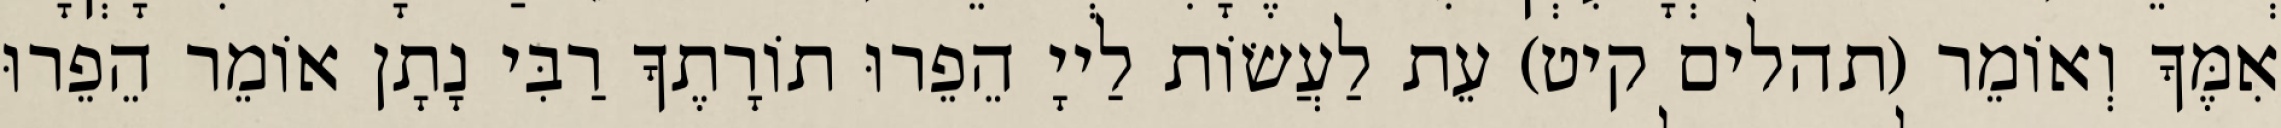
אִמֶּךָ וְאוֹמֵר (תהלים קיט) עֵת לַעֲשׂוֹת לַייָ הֵפֵרוּ תוֹרָתֶךָ רַבִּי נָתָן אוֹמֵר הֵפֵרוּ